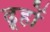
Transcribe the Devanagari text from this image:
ढूहों